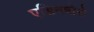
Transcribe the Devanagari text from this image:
एडिनबोरो